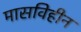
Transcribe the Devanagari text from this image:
मासविहीन